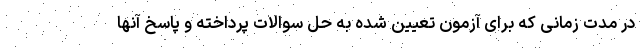
در مدت زمانی که برای آزمون تعیین شده به حل سوالات پرداخته و پاسخ آنها